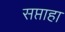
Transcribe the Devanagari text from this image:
सप्ताहा